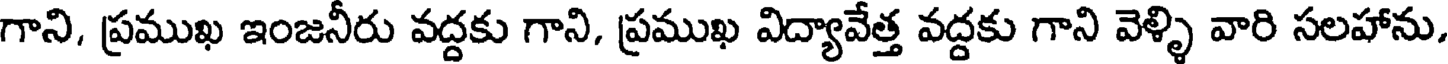
గాని, ప్రముఖ ఇంజనీరు వద్దకు గాని, ప్రముఖ విద్యావేత్త వద్దకు గాని వెళ్ళి వారి సలహాను.